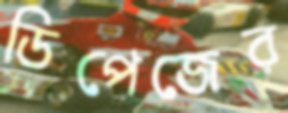
ডিপেজের